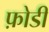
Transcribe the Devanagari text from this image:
फ़ोडी